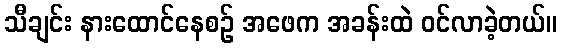
သီချင်း နားထောင်နေစဉ် အဖေက အခန်းထဲ ဝင်လာခဲ့တယ်။